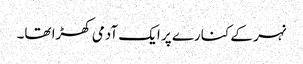
نہر کے کنارے پر ایک آدمی کھڑا تھا۔